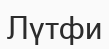
Лүтфи